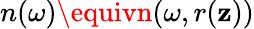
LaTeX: n(\omega)\equivn(\omega,r(\mathbf{z}))